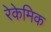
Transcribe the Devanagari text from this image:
रेकेमिक